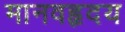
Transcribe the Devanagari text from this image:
मानवहृदय